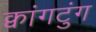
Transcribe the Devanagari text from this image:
क्वांगटुंग